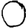
Digit: 0